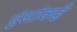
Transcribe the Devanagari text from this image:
हंसांकडे